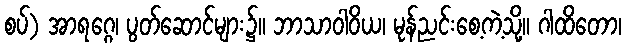
စပ်) အာရဂ္ဂေ၊ ပွတ်ဆောင်များ၌။ ဘာသာဝါဝိယ၊ မုန်ညင်းစေ့ကဲ့သို့။ ဂါထိတော၊